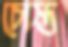
চোস্ত